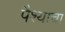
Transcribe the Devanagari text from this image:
पैश्याचा